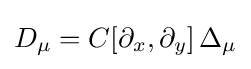
D_{\mu }=C[\partial _{x},\partial _{y}]\,\Delta _{\mu }